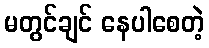
မတွင်ချင် နေပါစေတဲ့